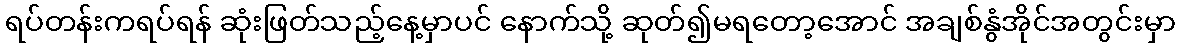
ရပ်တန်းကရပ်ရန် ဆုံးဖြတ်သည့်နေ့မှာပင် နောက်သို့ ဆုတ်၍မရတော့အောင် အချစ်နွံအိုင်အတွင်းမှာ